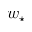
w _ { \star }